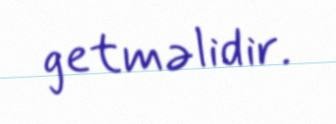
getməlidir.